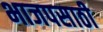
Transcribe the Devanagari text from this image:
भाजपसाठी